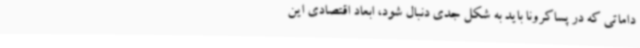
داماتی که در پساکرونا باید به شکل جدی دنبال شود، ابعاد اقتصادی این